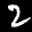
Label: 2